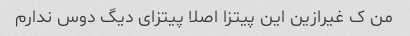
من ک غیرازین این پیتزا اصلا پیتزای دیگ دوس ندارم